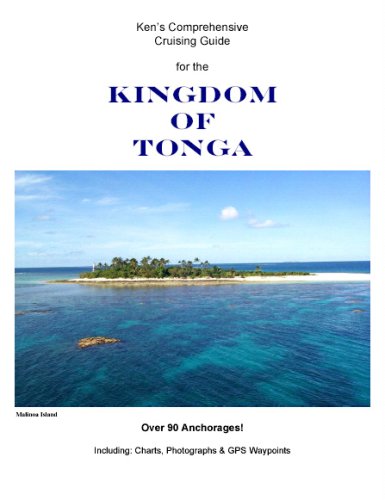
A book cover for Ken's Comprehensive Cruising Guide for the Kingdom of Tonga; Kenneth Hellewell; Travel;